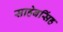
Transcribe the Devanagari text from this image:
साहेबसिंह